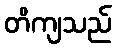
တိကျသည်